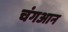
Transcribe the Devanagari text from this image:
चंगआन